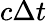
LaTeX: c\Delta t